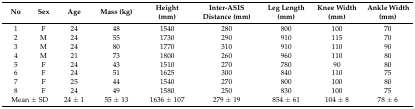
<table><thead><tr><td><b>No</b></td><td><b>Sex</b></td><td><b>Age</b></td><td><b>Mass (kg)</b></td><td><b>Height (mm)</b></td><td><b>Inter-ASIS Distance (mm)</b></td><td><b>Leg Length (mm)</b></td><td><b>Knee Width (mm)</b></td><td><b>Ankle Width (mm)</b></td></tr></thead><tbody><tr><td>1</td><td>F</td><td>24</td><td>48</td><td>1540</td><td>280</td><td>800</td><td>100</td><td>70</td></tr><tr><td>2</td><td>M</td><td>24</td><td>55</td><td>1730</td><td>290</td><td>910</td><td>115</td><td>70</td></tr><tr><td>3</td><td>M</td><td>24</td><td>80</td><td>1770</td><td>310</td><td>910</td><td>110</td><td>90</td></tr><tr><td>4</td><td>M</td><td>21</td><td>73</td><td>1800</td><td>260</td><td>960</td><td>110</td><td>80</td></tr><tr><td>5</td><td>F</td><td>24</td><td>43</td><td>1510</td><td>270</td><td>780</td><td>90</td><td>80</td></tr><tr><td>6</td><td>F</td><td>24</td><td>51</td><td>1625</td><td>300</td><td>840</td><td>110</td><td>75</td></tr><tr><td>7</td><td>F</td><td>25</td><td>44</td><td>1540</td><td>270</td><td>800</td><td>100</td><td>80</td></tr><tr><td>8</td><td>F</td><td>24</td><td>49</td><td>1580</td><td>250</td><td>830</td><td>100</td><td>75</td></tr><tr><td colspan="2">Mean ± SD</td><td>24 ± 1</td><td>55 ± 13</td><td>1636 ± 107</td><td>279 ± 19</td><td>854 ± 61</td><td>104 ± 8</td><td>78 ± 6</td></tr></tbody></table>